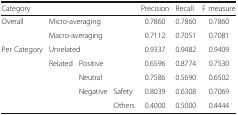
<table><thead><tr><td colspan="4"><b>Category</b></td><td><b>Precision</b></td><td><b>Recall</b></td><td><b>F measure</b></td></tr></thead><tbody><tr><td rowspan="2">Overall</td><td colspan="3">Micro-averaging</td><td>0.7860</td><td>0.7860</td><td>0.7860</td></tr><tr><td colspan="3">Macro-averaging</td><td>0.7112</td><td>0.7051</td><td>0.7081</td></tr><tr><td rowspan="5">Per Category</td><td colspan="3">Unrelated</td><td>0.9337</td><td>0.9482</td><td>0.9409</td></tr><tr><td rowspan="4">Related</td><td colspan="2">Positive</td><td>0.6596</td><td>0.8774</td><td>0.7530</td></tr><tr><td colspan="2">Neutral</td><td>0.7586</td><td>0.5690</td><td>0.6502</td></tr><tr><td rowspan="2">Negative</td><td>Safety</td><td>0.8039</td><td>0.6308</td><td>0.7069</td></tr><tr><td>Others</td><td>0.4000</td><td>0.5000</td><td>0.4444</td></tr></tbody></table>